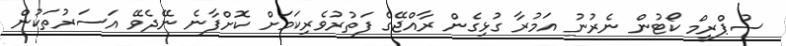
ސުޕްރީމް ކޯޓުން ނެރުނު އަމުރާ ގުޅިގެން ރާއްޖޭގެ ފަތުރުވެރިކަމަށް ކޮށްފާނެ ނޭދެވޭ އަސަރުތަކުން